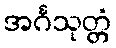
အင်္ဂသုတ္တံ